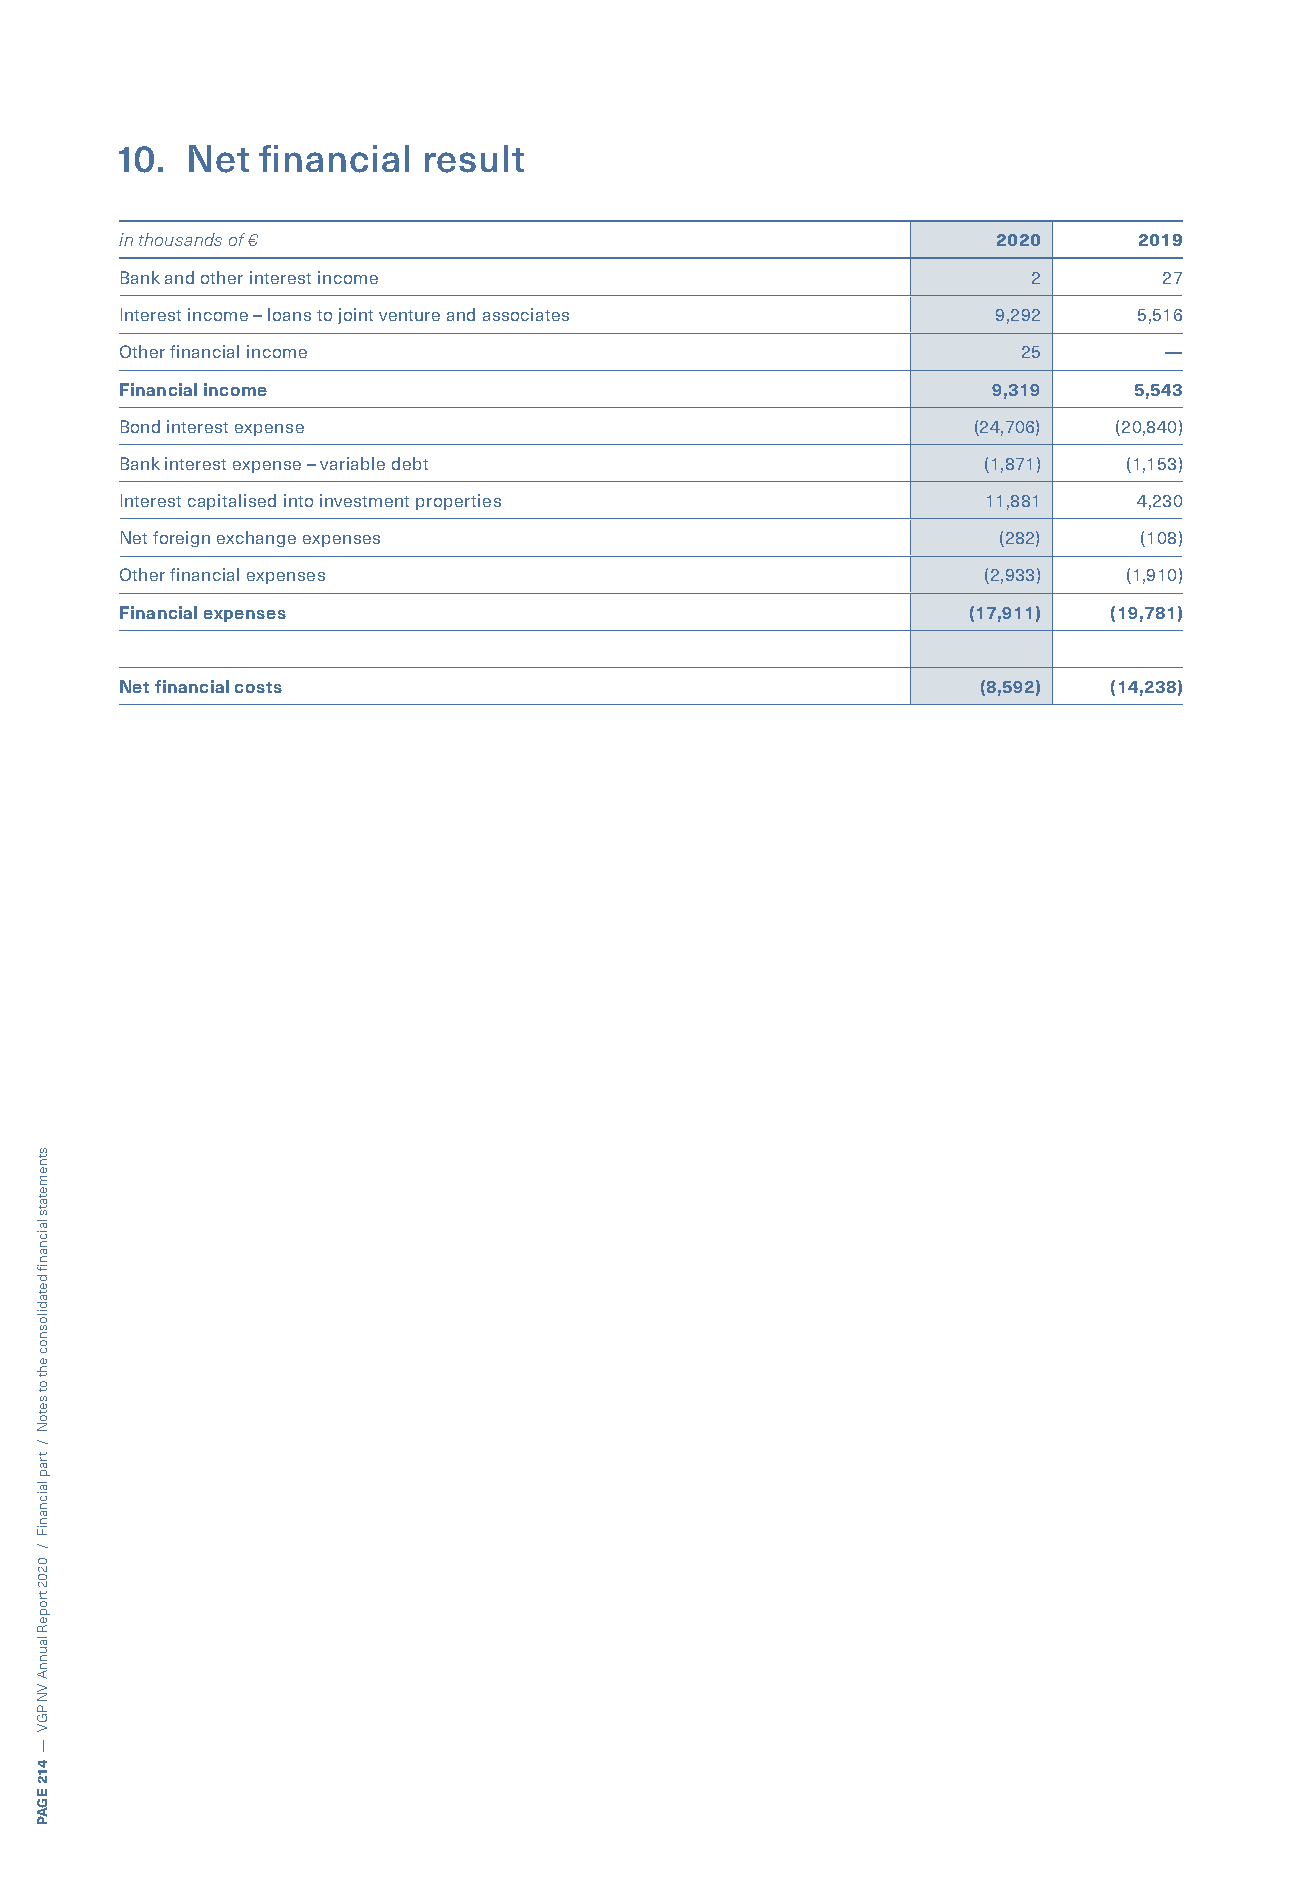
10. Net  financial  result
 in thousands of €                                         2020     2019
 Bank and other interest income                              2        27
 Interest income – loans to joint venture and associates   9,292    5,516
 Other financial income                                      25       —
 Financial income                                          9,319    5,543
 Bond interest expense                                   (24,706)  (20,840)
 Bank interest expense – variable debt                    (1,871)  (1,153)
 Interest capitalised into investment properties          11,881    4,230
 Net foreign exchange expenses                             (282)    (108)
 Other financial expenses                                 (2,933)   (1,910)
 Financial expenses                                      (17,911) (19,781)
 Net financial costs                                      (8,592) (14,238)
 stnemetats
 laicnanif
 detadilosnoc
 eht
 ot
 setoN
 /
 trap
 laicnaniF
 /
 0202
 tropeR
 launnA
 VN
 PGV
 —
 412
 EGAP